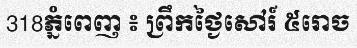
318ភ្នំពេញ ៖ ព្រឹកថ្ងៃសៅរ៍ ៥រោច